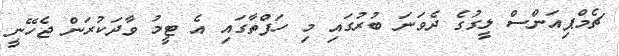
ޗެމްޕިއަންސް ލީގުގެ ދެވަނަ ބުރުގައި މި ހަފްތާގައި އެ ޓީމު ވާދަކުރަން ޖެހޭނީ